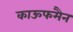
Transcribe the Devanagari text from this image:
काऊफमैन